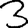
Digit: 3